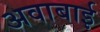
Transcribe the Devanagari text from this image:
अवाबाई